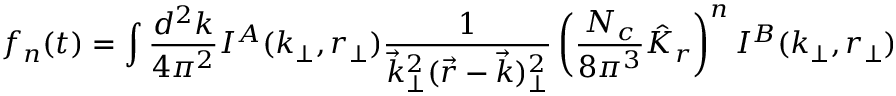
f _ { n } ( t ) = \int { \frac { d ^ { 2 } k } { 4 \pi ^ { 2 } } } I ^ { A } ( k _ { \perp } , r _ { \perp } ) { \frac { 1 } { \vec { k } _ { \perp } ^ { 2 } ( \vec { r } - \vec { k } ) _ { \perp } ^ { 2 } } } \left( { \frac { N _ { c } } { 8 \pi ^ { 3 } } } \hat { K } _ { r } \right) ^ { n } I ^ { B } ( k _ { \perp } , r _ { \perp } )